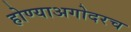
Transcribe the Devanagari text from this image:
होण्याअगोदरच